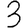
Digit: 3